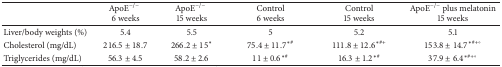
|  | ApoE−/−6 weeks | ApoE−/−15 weeks | Control6 weeks | Control15 weeks | ApoE−/− plus melatonin15 weeks |
 | --- | --- | --- | --- | --- | --- |
 | Liver/body weights (%) | 5.4 | 5.5 | 5 | 5.2 | 5.1 |
 | Cholesterol (mg/dL) | 216.5 ± 18.7 | 266.2 ± 15∗ | 75.4 ± 11.7∗# | 111.8 ± 12.6∗#+ | 153.8 ± 14.7∗#+° |
 | Triglycerides (mg/dL) | 56.3 ± 4.5 | 58.2 ± 2.6 | 11 ± 0.6∗# | 16.3 ± 1.2∗# | 37.9 ± 6.4∗#+° |